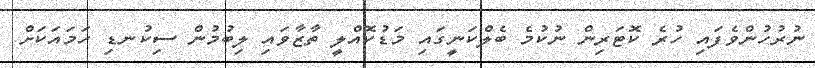
ނުރުހުންވެފައި ހުރެ ކޮޓަރިން ނުކުމެ ބެލްކަނީގައި މަޑުކޮއްލީ ތާޒާވައި ލިބުމުން ސިކުނޑި ހަމައަކަށް